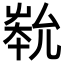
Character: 𡴞